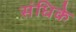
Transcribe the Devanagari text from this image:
संधिके